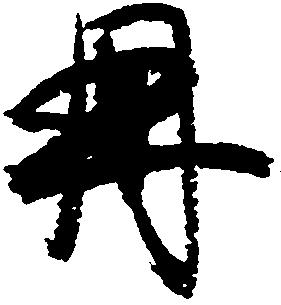
冊